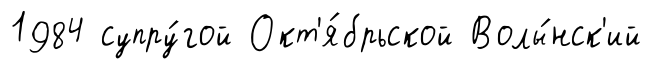
1984 супру́гой Окт'я́брьской Волы́нск'ий